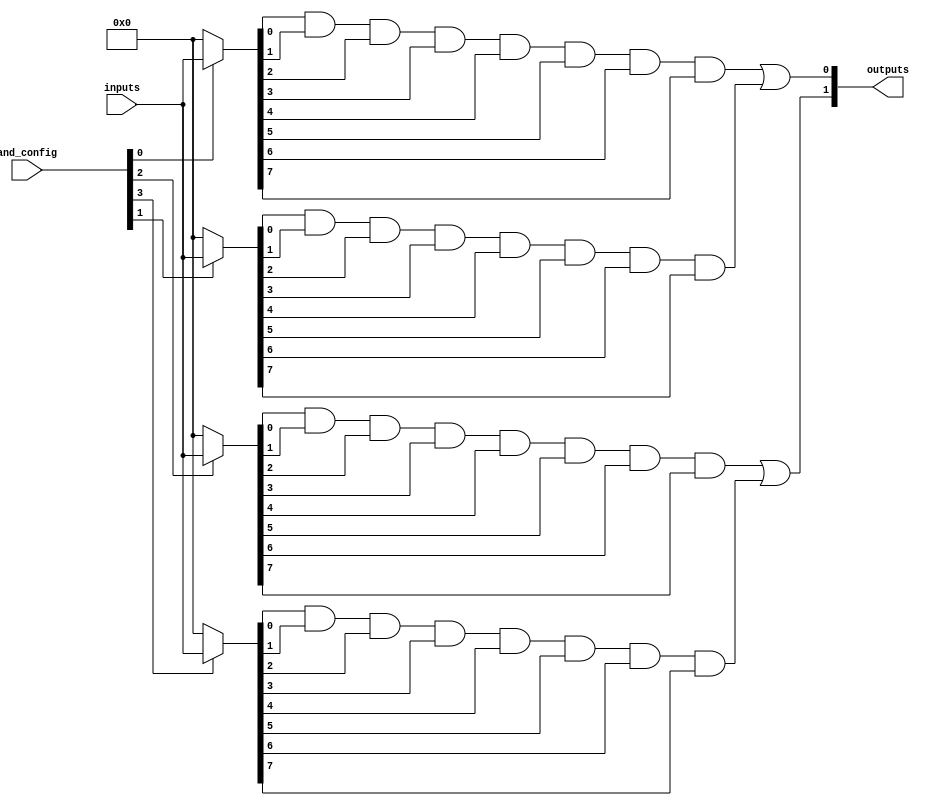
module HS_PAL #(parameter NUM_INPUTS = 8,           // Number of inputs
                parameter NUM_AND_GATES = 4,       // Number of AND gates
                parameter NUM_OR_GATES = 2)        // Number of OR gates
               (
                input wire [NUM_INPUTS-1:0] inputs, // Input signals
                input wire [NUM_AND_GATES-1:0] and_config, // Configuration for AND gates (1: enabled, 0: disabled)
                output wire [NUM_OR_GATES-1:0] outputs // Output signals
               );

    // Internal wires for AND gate outputs
    wire [NUM_AND_GATES-1:0] and_outputs;

    // Programmable AND gates
    genvar i, j;
    generate
        for (i = 0; i < NUM_AND_GATES; i = i + 1) begin : and_gate
            // Example: Each AND gate can be programmed with any combination of inputs
            // This is a simplified example; a real implementation would involve 
            // actual programming of input connections.
            wire [NUM_INPUTS-1:0] and_input;
            assign and_input = (and_config[i] ? inputs : {NUM_INPUTS{1'b0}}); // Simulating connection

            // AND gate functionality
            assign and_outputs[i] = and_input[0] & and_input[1] & and_input[2] & and_input[3] & 
                                    and_input[4] & and_input[5] & and_input[6] & and_input[7];
        end
    endgenerate

    // Fixed OR array
    generate
        for (j = 0; j < NUM_OR_GATES; j = j + 1) begin : or_gate
            // Each OR gate combines outputs from a fixed selection of AND gates
            // Example: Here we connect AND gates to OR gates in a fixed way
            // This is a simplified implementation for illustration purposes.
            assign outputs[j] = (j == 0) ? (and_outputs[0] | and_outputs[1]) :
                                (j == 1) ? (and_outputs[2] | and_outputs[3]) : 1'b0;
        end
    endgenerate

endmodule